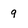
Character: 9